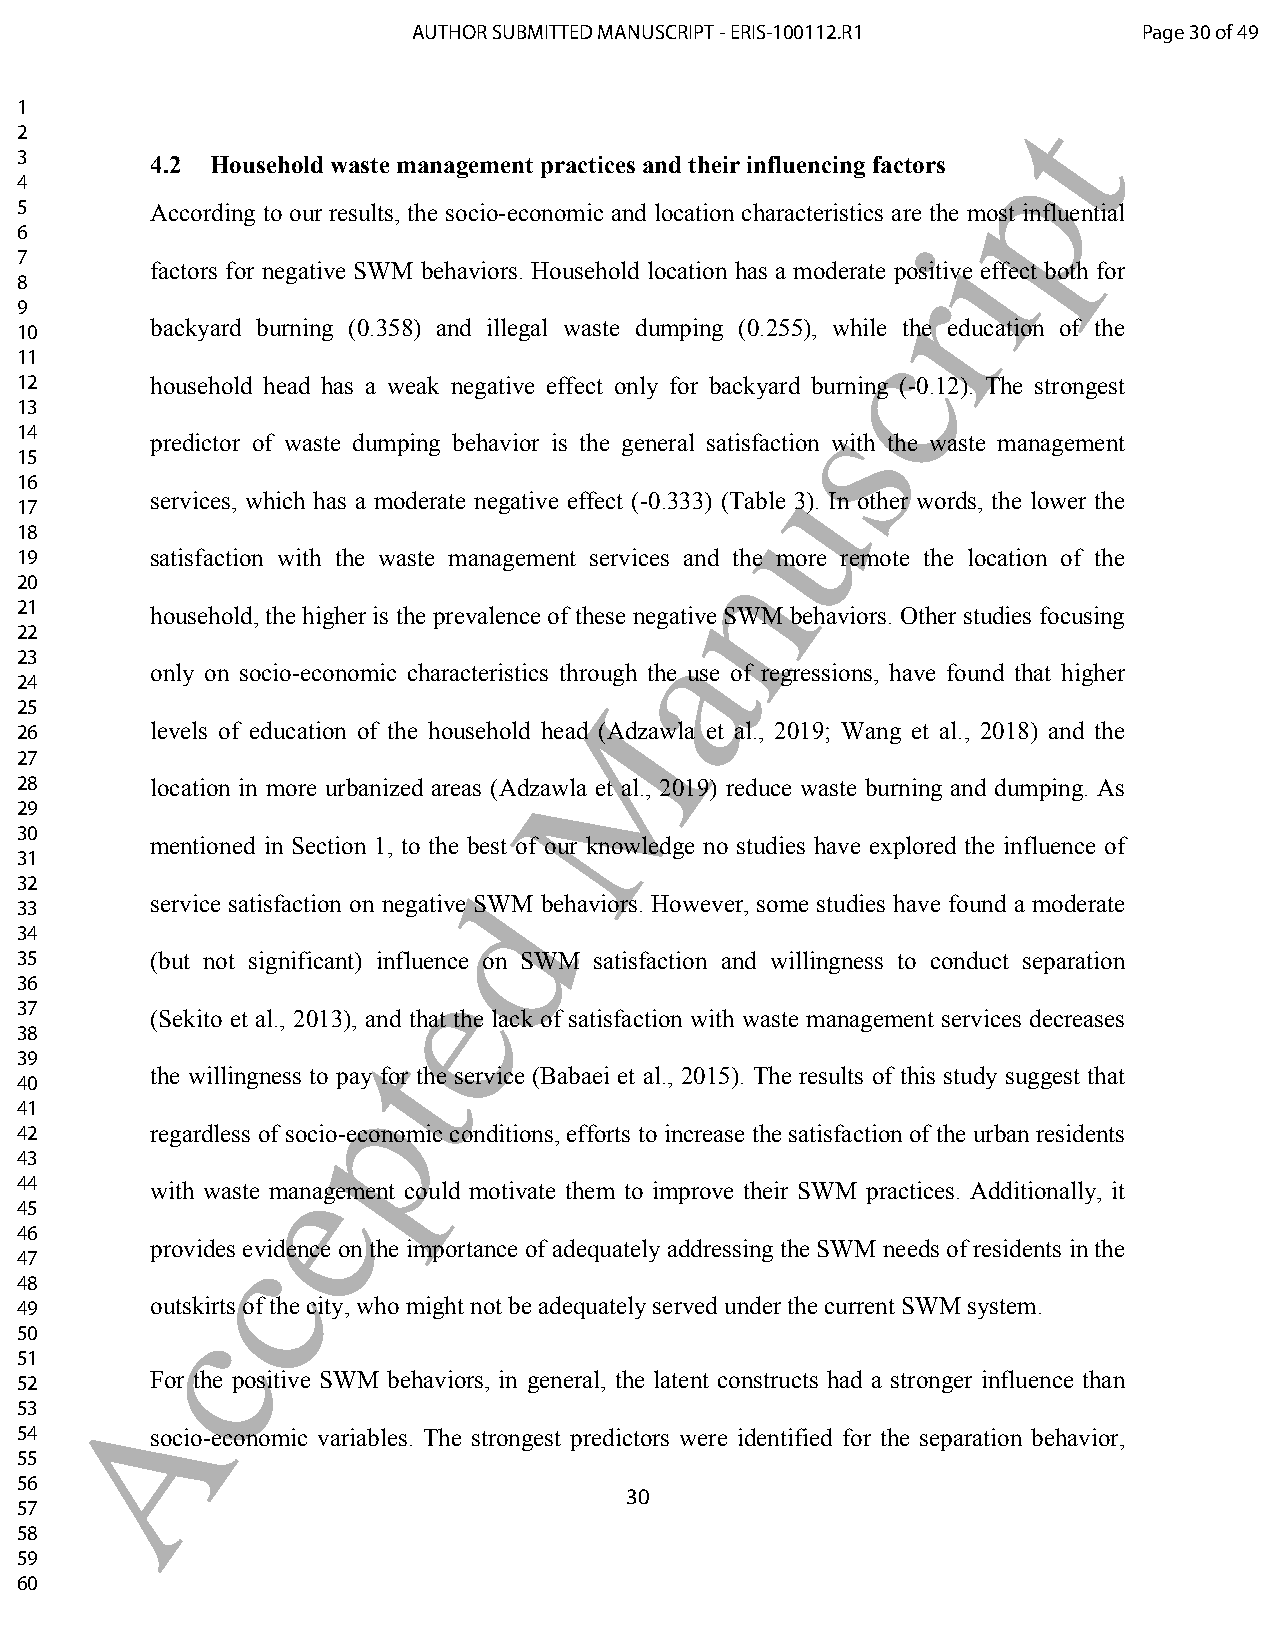
AUTHOR SUBMITTED MANUSCRIPT - ERIS-100112.R1     Page 30 of 49
 1                                                                 t
 2
 p
 3        4.2 Household waste management practices and their influencing factors
 4
 5        According to our results, the socio-economic and location characteristics are the most influential
 6                                                           i
 7
 factors for negative SWM behaviors. Household location has a moderate positive effect both for
 r
 8
 9
 10
 backyard burning (0.358) and illegal waste dumping (0.255), wchile the education of the
 11
 12       household head has a weak negative effect only for backyard burning (-0.12). The strongest
 s
 13
 14
 predictor of waste dumping behavior is the general satisfaction with the waste management
 15
 u
 16
 services, which has a moderate negative effect (-0.333) (Table 3). In other words, the lower the
 17
 18
 n
 19       satisfaction with the waste management services and the more remote the location of the
 20
 21       household, the higher is the prevalence of these negative SWM behaviors. Other studies focusing
 a
 22
 23
 only on socio-economic characteristics through the use of regressions, have found that higher
 24
 M
 25
 26       levels of education of the household head (Adzawla et al., 2019; Wang et al., 2018) and the
 27
 28       location in more urbanized areas (Adzawla et al., 2019) reduce waste burning and dumping. As
 29
 30
 mentioned in Section 1, to the be st of our knowledge no studies have explored the influence of
 31
 32                           d
 service satisfaction on negative SWM behaviors. However, some studies have found a moderate
 33
 34
 35       (but not significant) infleuence on SWM satisfaction and willingness to conduct separation
 36
 37
 (Sekito et al., 2013), and that the lack of satisfaction with waste management services decreases
 38                    t
 39
 the willingness to pay for the service (Babaei et al., 2015). The results of this study suggest that
 40                  p
 41
 42       regardless of socio-economic conditions, efforts to increase the satisfaction of the urban residents
 43               e
 44       with waste management could motivate them to improve their SWM practices. Additionally, it
 45
 46           c
 provides evidence on the importance of adequately addressing the SWM needs of residents in the
 47
 48
 49       ouctskirts of the city, who might not be adequately served under the current SWM system.
 50
 51
 52     AFor the positive SWM behaviors, in general, the latent constructs had a stronger influence than
 53
 54       socio-economic variables. The strongest predictors were identified for the separation behavior,
 55
 56
 30
 57
 58
 59
 60